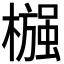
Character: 𬄶